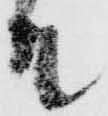
殿